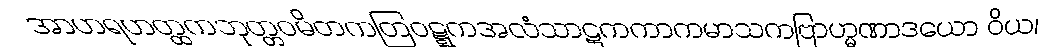
အာဟရဟတ္ထကဘုတ္တဝမိတကတြဝဋ္ဋကအလံသာဋကကာကမာသကဗြာဟ္မဏာဒယော ဝိယ၊